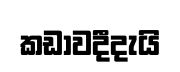
කඩාවදීදැයි